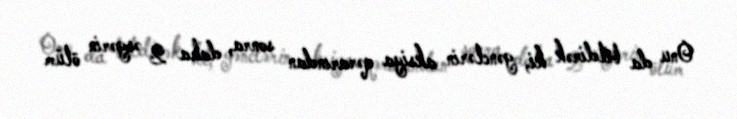
Onu da bildirək ki, gənclərin aksiya qərarından sonra, daha 2 əsgərin ölüm